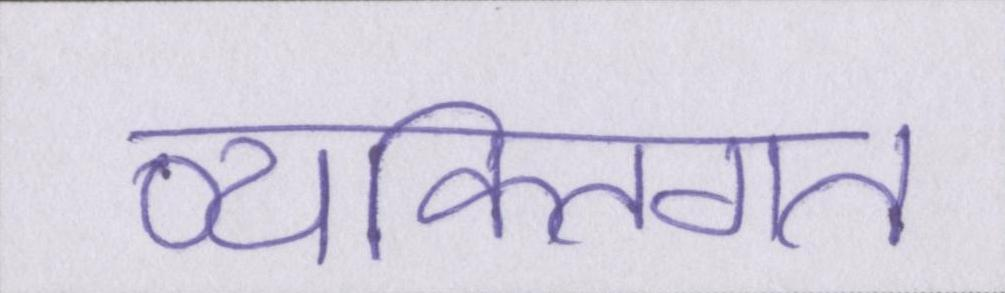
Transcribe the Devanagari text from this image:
व्यक्तिगत